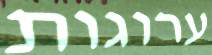
ערוגות